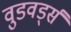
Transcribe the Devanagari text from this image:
वुडवर्ड्स